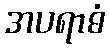
အပရာဓံ